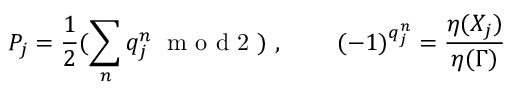
P _ { j } = \frac { 1 } { 2 } ( \sum _ { n } q _ { j } ^ { n } \; \mathrm { ~ m ~ o ~ d ~ 2 ~ } ) \mathrm { ~ , ~ } \qquad ( - 1 ) ^ { q _ { j } ^ { n } } = \frac { \eta ( X _ { j } ) } { \eta ( \Gamma ) }